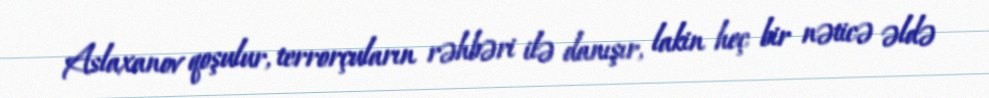
Aslaxanov qoşulur, terrorçuların rəhbəri ilə danışır, lakin heç bir nəticə əldə